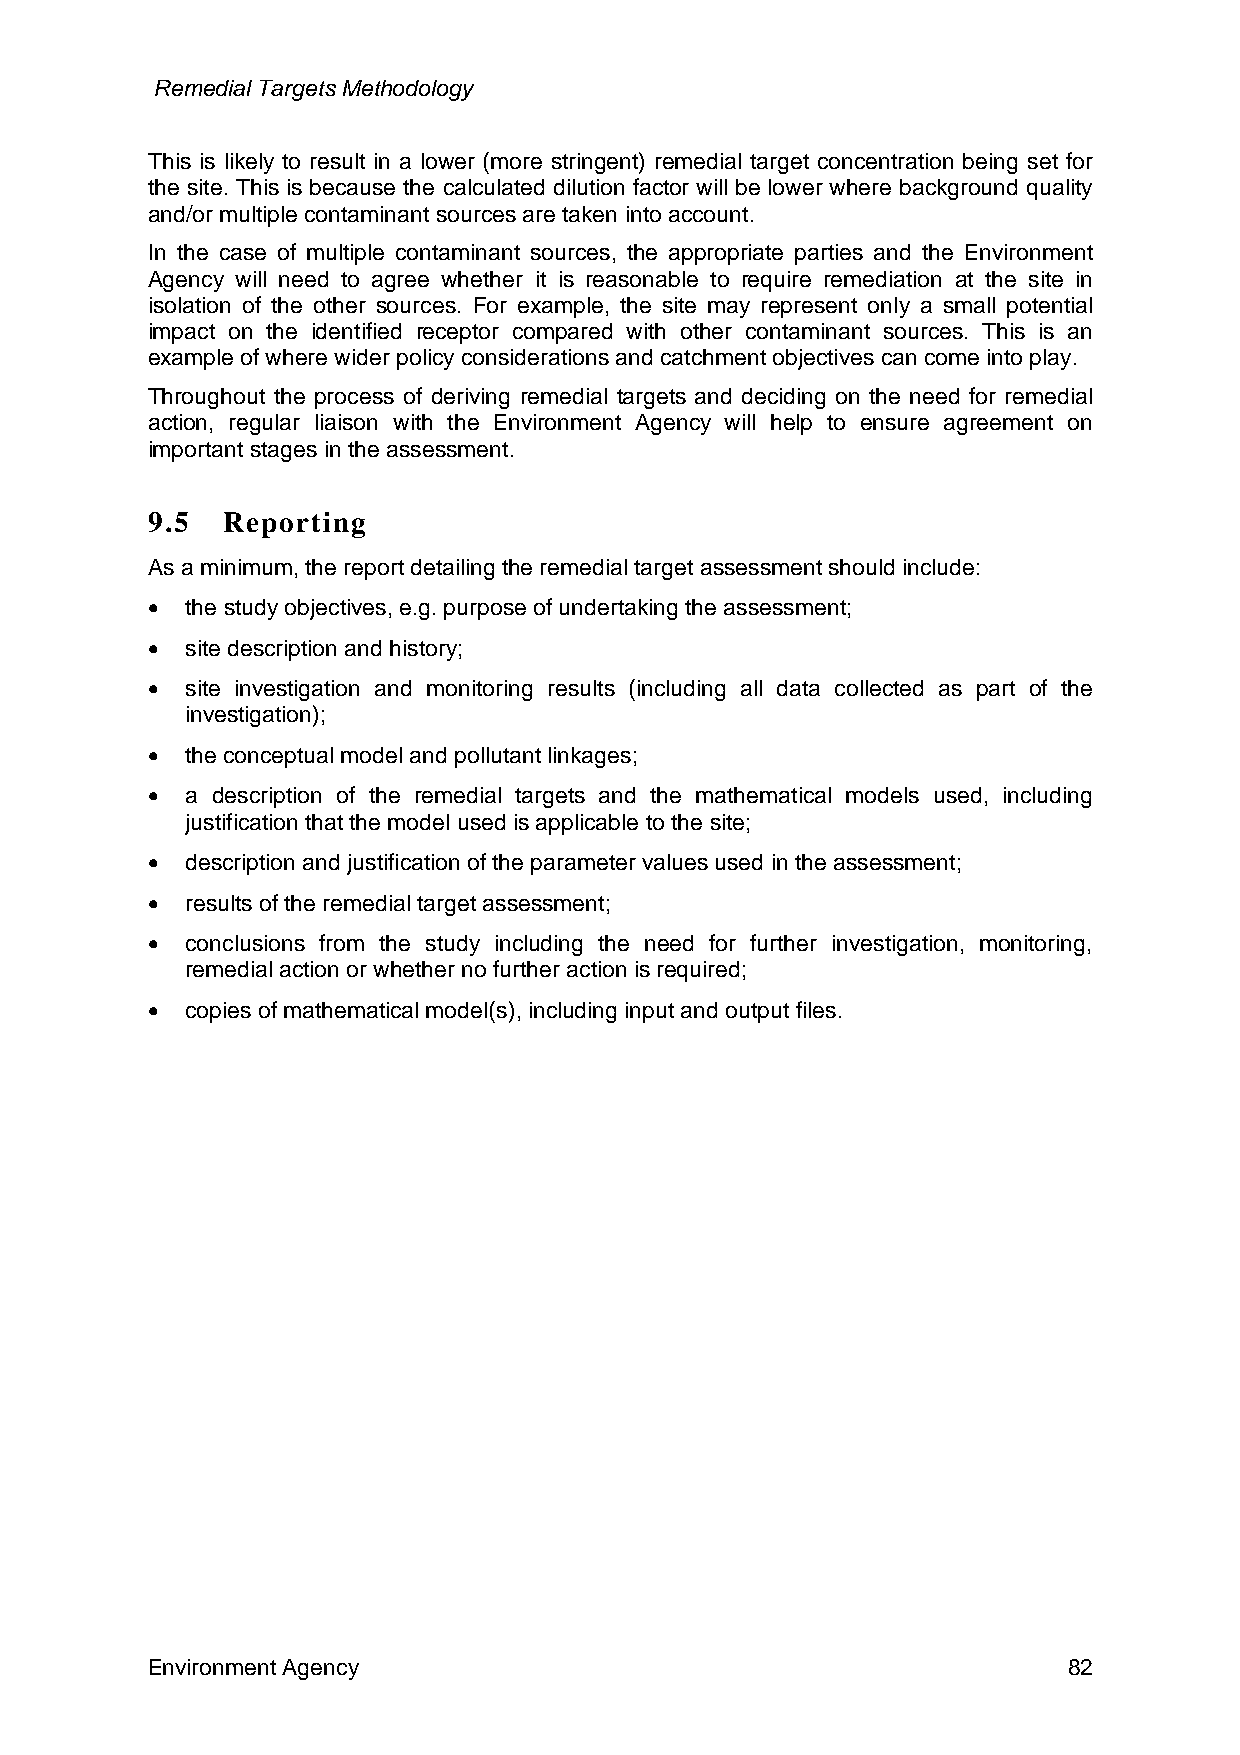
Remedial Targets Methodology
 This is likely to result in a lower (more stringent) remedial target concentration being set for
 the site. This is because the calculated dilution factor will be lower where background quality
 and/or multiple contaminant sources are taken into account.
 In the case of multiple contaminant sources, the appropriate parties and the Environment
 Agency will need to agree whether it is reasonable to require remediation at the site in
 isolation of the other sources. For example, the site may represent only a small potential
 impact on the identified receptor compared with other contaminant sources. This is an
 example of where wider policy considerations and catchment objectives can come into play.
 Throughout the process of deriving remedial targets and deciding on the need for remedial
 action, regular liaison with the Environment Agency will help to ensure agreement on
 important stages in the assessment.
 9.5  Reporting
 As a minimum, the report detailing the remedial target assessment should include:
 • the study objectives, e.g. purpose of undertaking the assessment;
 • site description and history;
 • site investigation and monitoring results (including all data collected as part of the
 investigation);
 • the conceptual model and pollutant linkages;
 • a description of the remedial targets and the mathematical models used, including
 justification that the model used is applicable to the site;
 • description and justification of the parameter values used in the assessment;
 • results of the remedial target assessment;
 • conclusions from the study including the need for further investigation, monitoring,
 remedial action or whether no further action is required;
 • copies of mathematical model(s), including input and output files.
 Environment Agency                                           82